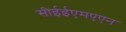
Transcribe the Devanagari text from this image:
सीईईएमएएन